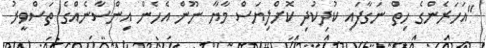
"އަހަރެންގެ ހިތް ނަގާފައި ކުދިކުދި ކޮށްލިޔަސް މާޔާ ނޫން އެހެން އިންސާނެއްގެ ތަސްވީރު